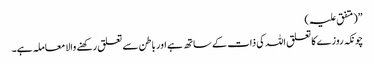
”(متفق علیہ )
چونکہ روزے کا تعلق اللہ کی ذات کے ساتھ ہے اور باطن سے تعلق رکھنے والا معاملہ ہے۔